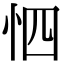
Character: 怬